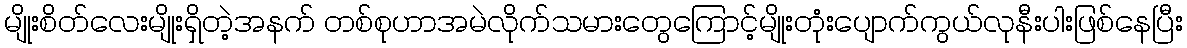
မျိုးစိတ်လေးမျိုးရှိတဲ့အနက် တစ်စုဟာအမဲလိုက်သမားတွေကြောင့်မျိုးတုံးပျောက်ကွယ်လုနီးပါးဖြစ်နေပြီး